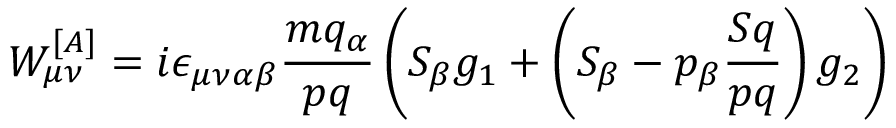
W _ { \mu \nu } ^ { [ A ] } = i \epsilon _ { \mu \nu \alpha \beta } \frac { m q _ { \alpha } } { p q } \left( { \cal S } _ { \beta } g _ { 1 } + \left( { \cal S } _ { \beta } - p _ { \beta } \frac { { \cal S } q } { p q } \right) g _ { 2 } \right)